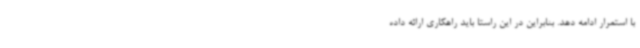
با استمرار ادامه دهد. بنابراین در این راستا باید راهکاری ارائه داده